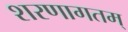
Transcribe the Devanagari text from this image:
शरणागतम्‌